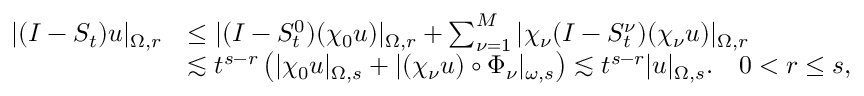
\begin{array} { r l } { | ( I - S _ { t } ) u | _ { \Omega , r } } & { \leq | ( I - S _ { t } ^ { 0 } ) ( \chi _ { 0 } u ) | _ { \Omega , r } + \sum _ { \nu = 1 } ^ { M } | \chi _ { \nu } ( I - S _ { t } ^ { \nu } ) ( \chi _ { \nu } u ) | _ { \Omega , r } } \\ & { \lesssim t ^ { s - r } \left( | \chi _ { 0 } u | _ { \Omega , s } + | ( \chi _ { \nu } u ) \circ \Phi _ { \nu } | _ { \omega , s } \right) \lesssim t ^ { s - r } | u | _ { \Omega , s } . \quad 0 < r \leq s , } \end{array}